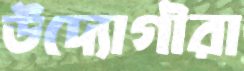
উদ্যোগীরা